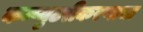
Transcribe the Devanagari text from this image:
कम्प्युटरीकरणाचा